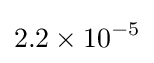
2.2\times 10^{-5}